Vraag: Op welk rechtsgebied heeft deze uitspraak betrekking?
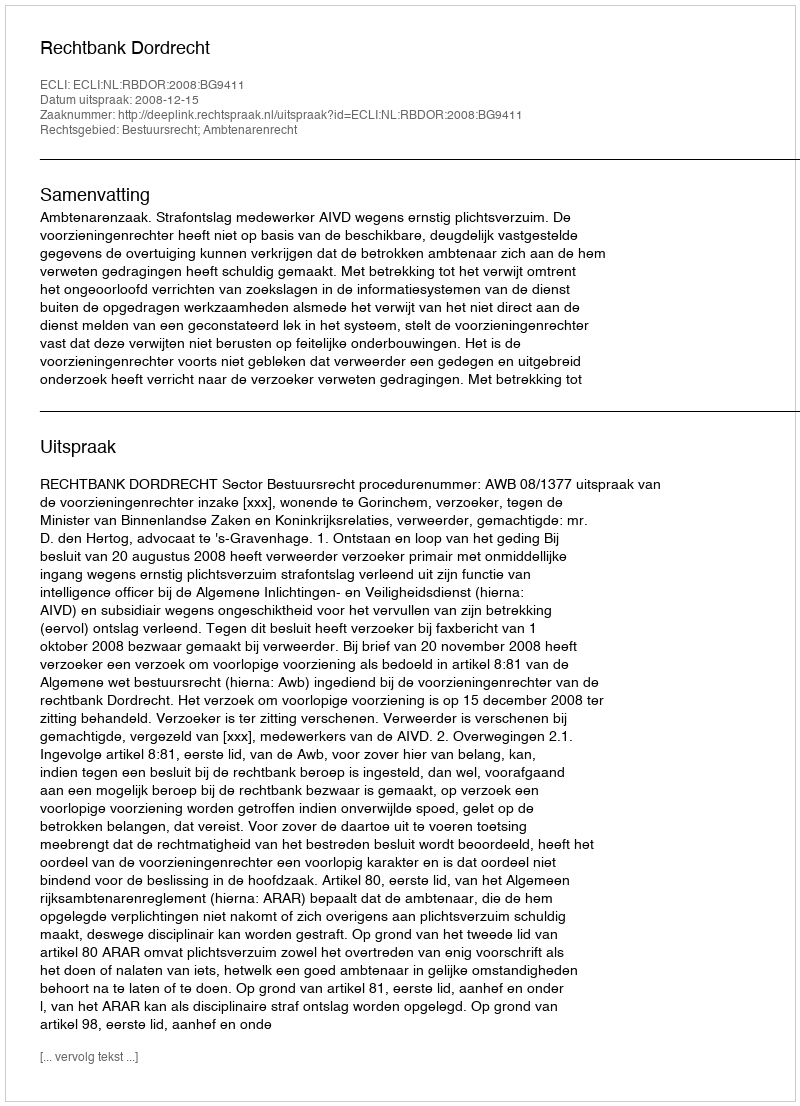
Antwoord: Bestuursrecht; Ambtenarenrecht